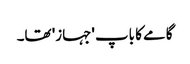
گامے کا باپ 'جہاز' تھا۔